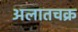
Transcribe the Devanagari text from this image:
अलातचक्र